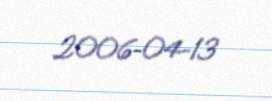
2006-04-13